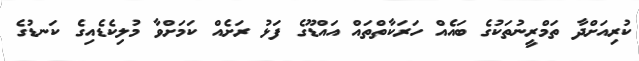
ކުރިއަށްދާ ތަމްރީނުތަކުގެ ބައެއް ހަރަކާތްތައް އައްޑޫގެ ފަޅު ރަށެއް ކަމަށްވާ މުލިކެޑެއިގެ ކަނޑުގެ